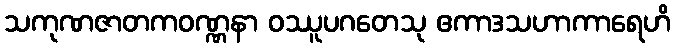
သကုဏဇာတကဝဏ္ဏနာ ဝဿူပဂတေသု ဧကာဒသဟာကာရေဟိ